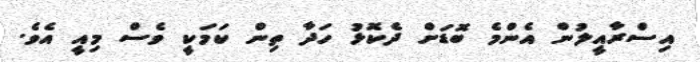
އިސްރާއީލުން އެންމެ ބޮޑަށް ދެކޮޅު ހަދާ ތިން ކަމަކީ ވެސް މިއީ އެވެ.